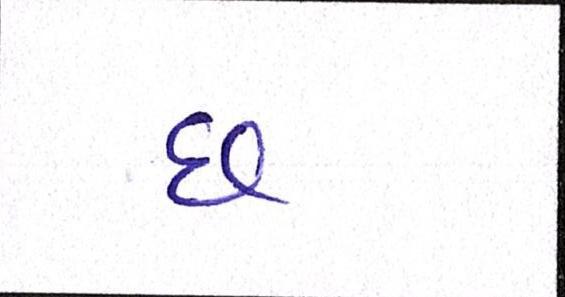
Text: છ